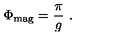
\Phi _ { \mathrm { m a g } } = \frac { \pi } { g } \ .